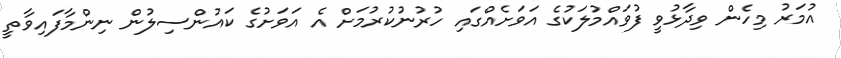
އުމަރު މިހެން ވިދާޅުވީ ފުވައްމުލަކުގެ އަވަށެއްގައި ހުރުނުކުރުމަށް އެ އަވަށުގެ ކައުންސިލުން ނިންމާފައިވާތީ